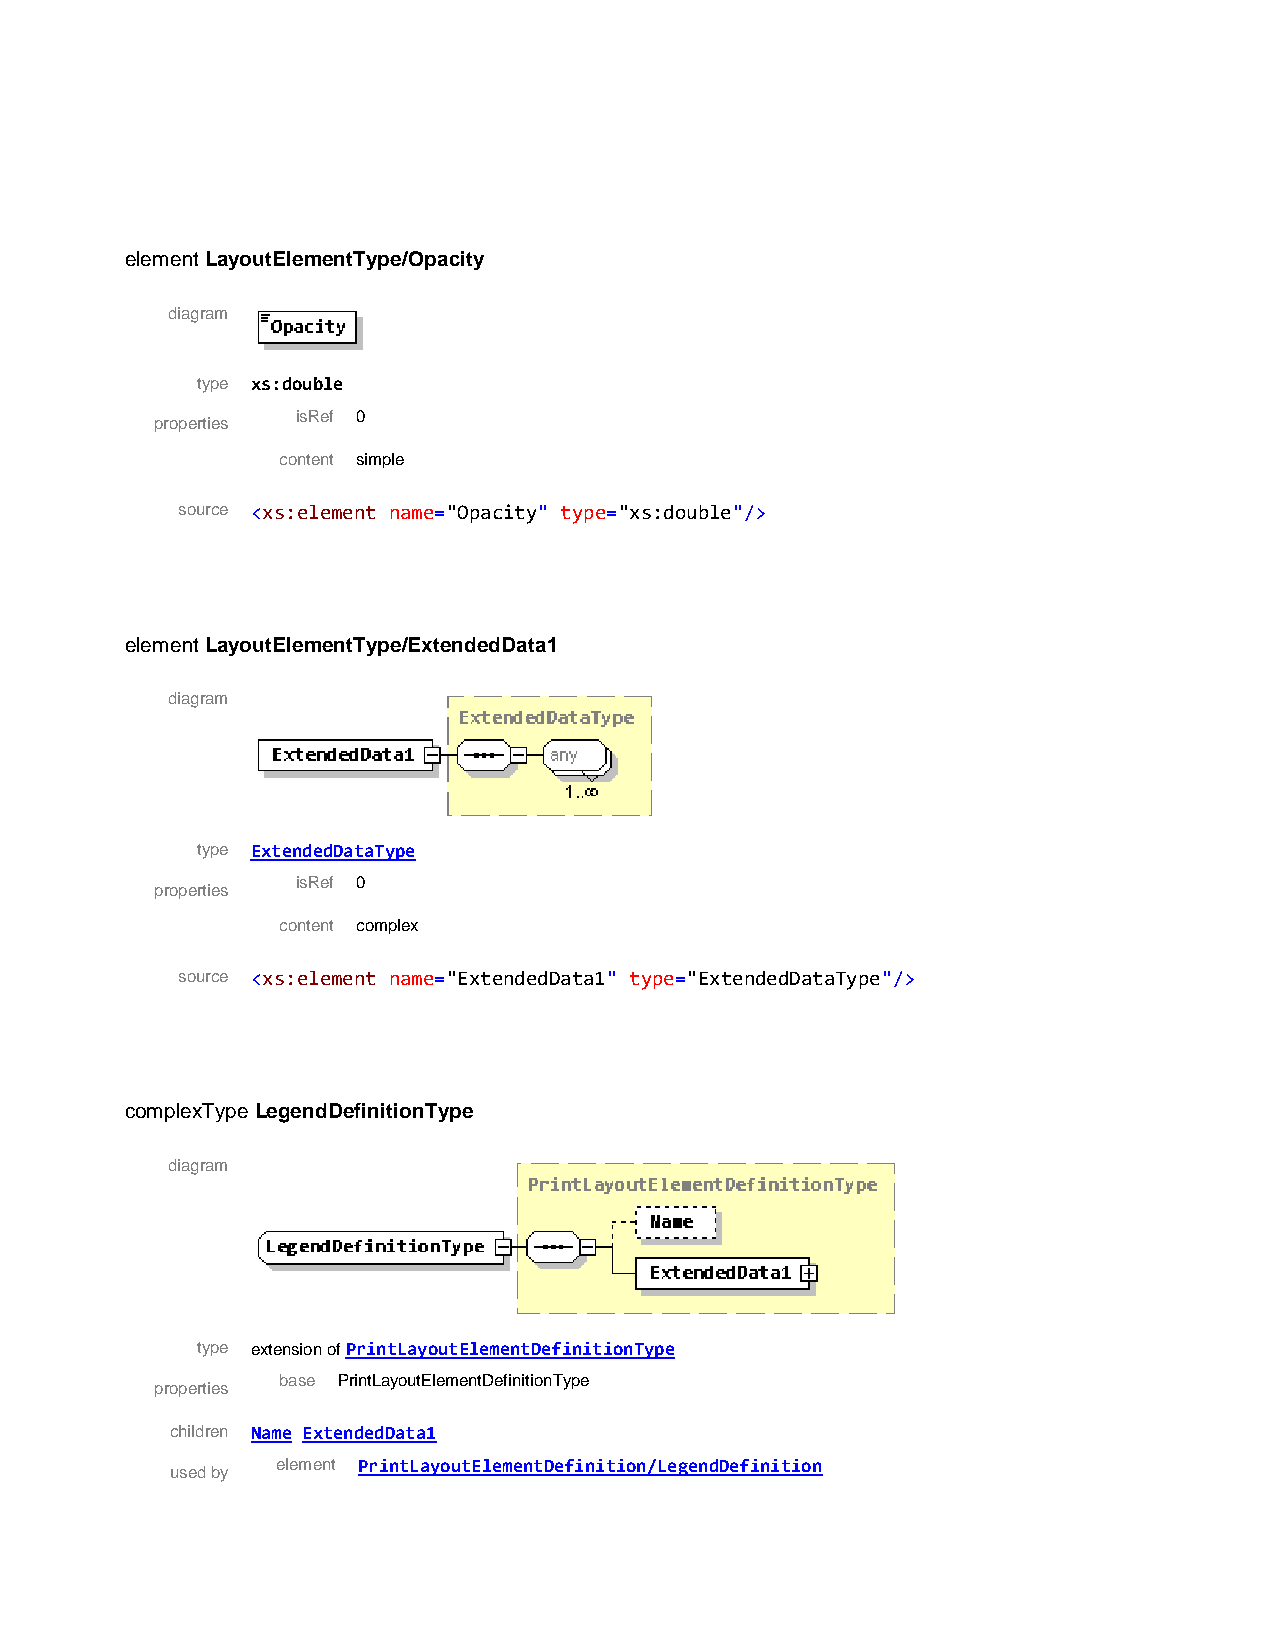
element LayoutElementType/Opacity
 diagram
 type xs:double
 isRef 0
 properties
 content simple
 source <xs:element name="Opacity" type="xs:double"/>
 element LayoutElementType/ExtendedData1
 diagram
 type ExtendedDataType
 isRef 0
 properties
 content complex
 source <xs:element name="ExtendedData1" type="ExtendedDataType"/>
 complexType LegendDefinitionType
 diagram
 type extension of PrintLayoutElementDefinitionType
 base PrintLayoutElementDefinitionType
 properties
 children Name ExtendedData1
 element PrintLayoutElementDefinition/LegendDefinition
 used by